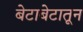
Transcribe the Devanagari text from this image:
बेटाबेटातून